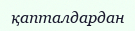
қапталдардан